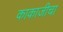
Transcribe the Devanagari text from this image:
काकाजीचा